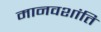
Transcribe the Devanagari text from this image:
मानवशांति